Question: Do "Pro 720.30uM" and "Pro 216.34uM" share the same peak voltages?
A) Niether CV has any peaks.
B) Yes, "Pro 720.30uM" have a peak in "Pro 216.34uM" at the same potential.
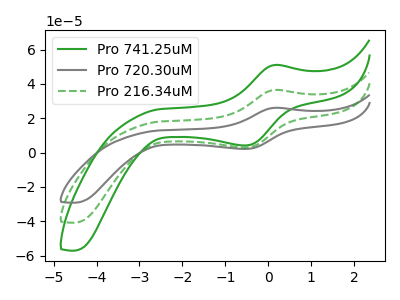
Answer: <think>The green curve "Pro 741.25uM" has an anodic peak at (0.15V, 73.00uA) and a cathodic peak at (-0.55V, 5.95uA). The gray curve "Pro 720.30uM" has an anodic peak at (0.15V, 26.10uA) and a cathodic peak at (-0.55V, 2.15uA). The green dashed curve "Pro 216.34uM" has an anodic peak at (0.15V, 36.50uA) and a cathodic peak at (-0.55V, 2.95uA).</think>
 <answer>B) Yes, "Pro 720.30uM" have a peak in "Pro 216.34uM" at the same potential.</answer>
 <eval>B</eval>